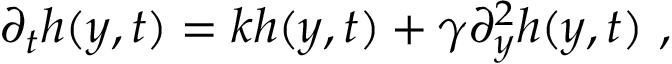
\partial _ { t } h ( y , t ) = k h ( y , t ) + \gamma \partial _ { y } ^ { 2 } h ( y , t ) \ ,